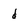
Character: d